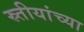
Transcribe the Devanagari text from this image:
स्र्तीयांच्या